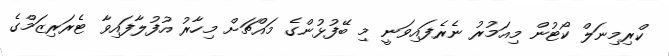
ކްރިމިނަލް ކޯޓުން މިއަމުރު ނެރެފައިވަނީ މި ބޭފުޅުންގެ މައްޗަށް މިހާރު އުފުލާފައިވާ ޓެރަރިޒަމްގެ